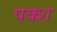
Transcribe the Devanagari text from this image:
पक्श